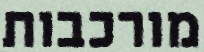
מורכבות